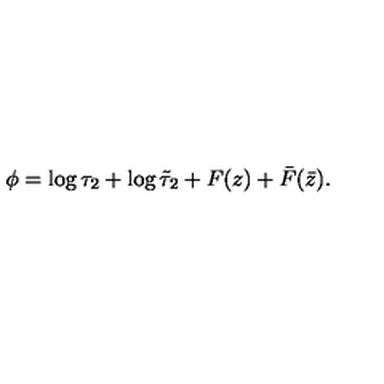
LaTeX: \phi = \log \tau _ { 2 } + \log \tilde { \tau } _ { 2 } + F ( z ) + \bar { F } ( \bar { z } ) .